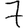
Digit: 7